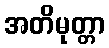
အတိမုတ္တာ